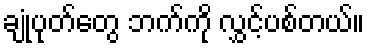
ချုံပုတ်တွေ ဘက်ကို လွှင့်ပစ်တယ်။